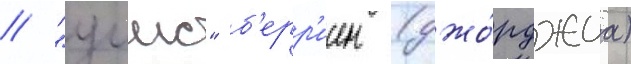
// "уимс" б'ерр'иен (джо́рджиа)